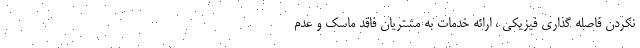
نکردن فاصله گذاری فیزیکی ، ارائه خدمات به مشتریان فاقد ماسک و عدم